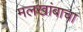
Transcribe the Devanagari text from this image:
मलखांबाचा